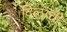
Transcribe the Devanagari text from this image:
दिलाची